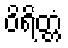
ဝိရိတ္တံ